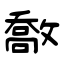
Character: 敿